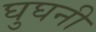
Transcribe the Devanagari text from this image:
घुघनी